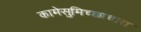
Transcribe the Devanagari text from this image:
कामेसुमिच्छाचारा